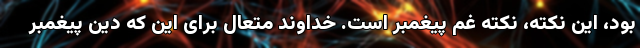
بود، این نکته، نکته غم پیغمبر است. خداوند متعال برای این که دین پیغمبر